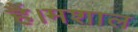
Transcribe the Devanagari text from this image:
हैं।मशाल